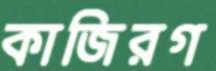
কাজিরগ